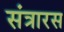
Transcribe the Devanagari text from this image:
संत्रारस